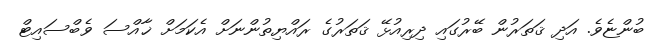
ބުންޏެވެ. އަދި ޤަތަރުން ބޭރުގައި ދިރިއުޅޭ ޤަތަރުގެ ރައްޔިތުންނަށް އެކަމަށް ޚާއްސަ ވެބްސައިޓް